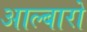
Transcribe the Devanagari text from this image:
आल्बारो